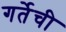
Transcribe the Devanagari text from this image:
गर्तेची